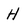
Character: H